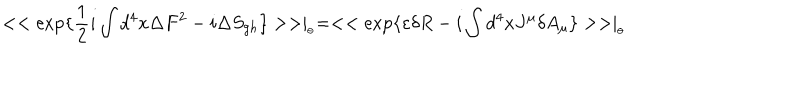
LaTeX: < < \exp \{ \frac { 1 } { 2 } i \int d ^ { 4 } x \Delta F ^ { 2 } - i \Delta S _ { g h } \} > > \mid _ { _ { \theta } } = < < \exp \{ \varepsilon \delta R - i \int d ^ { 4 } x J ^ { \mu } \delta A _ { \mu } \} > > \mid _ { _ { \theta } }